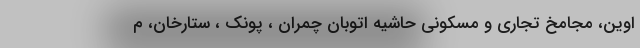
اوین، مجامخ تجاری و مسکونی حاشیه اتوبان چمران ، پونک ، ستارخان، م